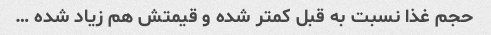
حجم غذا نسبت به قبل کمتر شده و قیمتش هم زیاد شده …